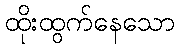
ထိုးထွက်နေသော